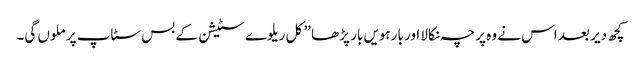
کچھ دیر بعد اس نے وہ پرچہ نکالا اور بارہویں بار پڑھا ’’ کل ریلوے سٹیشن کے بس سٹاپ پر ملوں گی۔